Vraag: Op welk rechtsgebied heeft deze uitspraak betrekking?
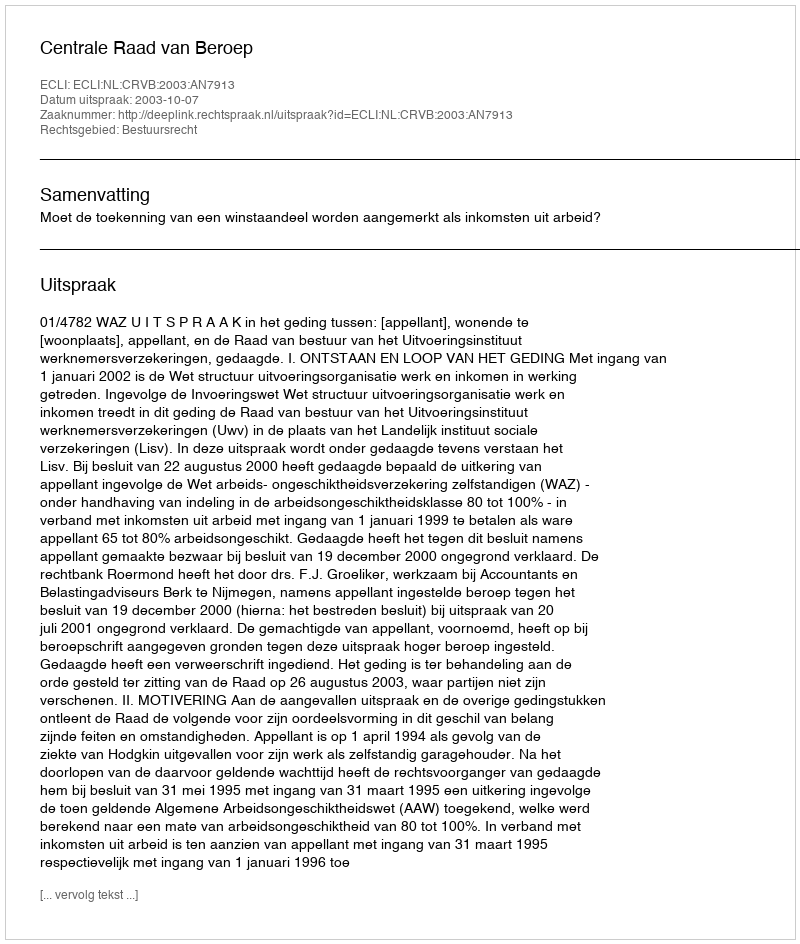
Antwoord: Bestuursrecht